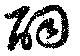
嗣